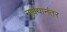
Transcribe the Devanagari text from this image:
नाक्यानंतर